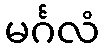
မင်္ဂလံ